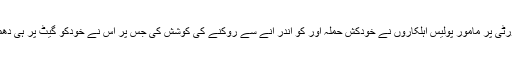
درگاہ کی سیکیورٹی پر مامور پولیس اہلکاروں نے خودکش حملہ آور کو اندر آنے سے روکنے کی کوشش کی جس پر اس نے خودکو گیٹ پر ہی دھماکے سے اڑالیا۔